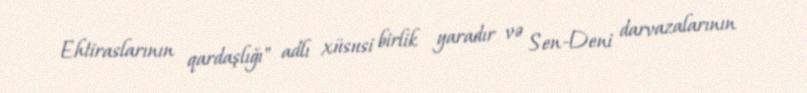
Ehtiraslarının qardaşlığı" adlı xüsusi birlik yaradır və Sen-Deni darvazalarının